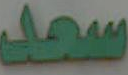
سعد